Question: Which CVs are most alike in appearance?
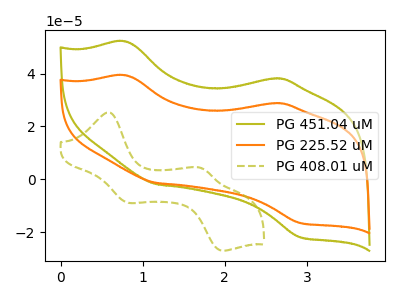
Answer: <think>The olive curve "PG 451.04 uM" has anodic peaks at (0.80V, 52.15uA) (2.70V, 38.10uA) and cathodic peaks at (1.15V, -1.90uA) (2.90V, -21.95uA). The orange curve "PG 225.52 uM" has anodic peaks at (0.80V, 39.35uA) (2.70V, 28.75uA) and cathodic peaks at (1.15V, -1.40uA) (2.90V, -16.55uA). The olive dashed curve "PG 408.01 uM" has anodic peaks at (0.60V, 25.20uA) (1.70V, 4.20uA) and cathodic peaks at (0.85V, -8.95uA) (1.95V, -27.05uA).
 All the peaks in "PG 451.04 uM" have a peak in "PG 225.52 uM" at the same potential. Every peak in "PG 451.04 uM" is higher than every peak in "PG 225.52 uM". "PG 451.04 uM" and "PG 408.01 uM" have at least one peak that do not match. "PG 225.52 uM" and "PG 408.01 uM" have at least one peak that do not match.</think>
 <answer>"PG 451.04 uM" and "PG 225.52 uM" have the same shape and are likely CV's of the same chemical.</answer>
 <eval>"PG 451.04 uM" "PG 225.52 uM"</eval>